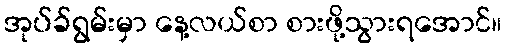
အုပ်ခ်ရွမ်းမှာ နေ့လယ်စာ စားဖို့သွားရအောင်။